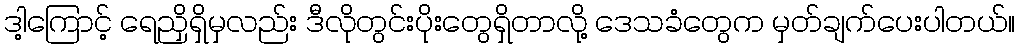
ဒါ့ကြောင့် ရေညှိရှိမှလည်း ဒီလိုတွင်းပိုးတွေရှိတာလို့ ဒေသခံတွေက မှတ်ချက်ပေးပါတယ်။